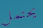
يحتمل